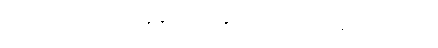
သေတော့မည့် လူနာကို အသက် ကယ်ဆယ်သည်။